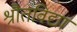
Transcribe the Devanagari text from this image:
श्रौतविद्या